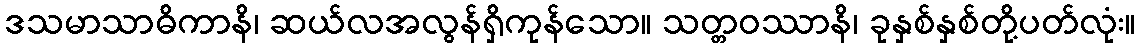
ဒသမာသာဓိကာနိ၊ ဆယ်လအလွန်ရှိကုန်သော။ သတ္တဝဿာနိ၊ ခုနှစ်နှစ်တို့ပတ်လုံး။